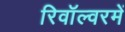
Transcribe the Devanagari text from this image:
रिवॉल्वरमें